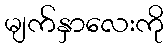
မျက်နှာလေးကို